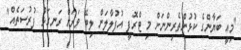
"މިއީ ބަޔާންގެ ކުޅުންތެރިންނަށް މި ޓްރޮފީ އުފުލާލަން ލިބޭ ވަރަށް ރަނގަޅު ފުރުސަތެއް"